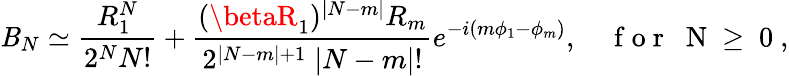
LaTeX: \mathit{B}_{N}\simeq\frac{{R_{1}^{N}}}{{2^{N}N!}}+\frac{{(\betaR_{1})^{|N-m|}R_{m}}}{{2^{|N-m|+1}\; |N-m|!}}e^{-i(m\phi_{1}-\phi_{m})},\quad\mathrm{{~f~o~r~\; ~N~\geq~0~}},